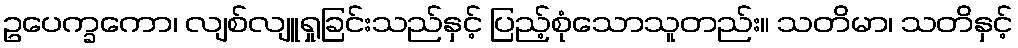
ဥပေက္ခကော၊ လျစ်လျူရှုခြင်းသည်နှင့် ပြည့်စုံသောသူတည်း။ သတိမာ၊ သတိနှင့်